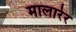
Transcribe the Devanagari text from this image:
मालारेर